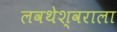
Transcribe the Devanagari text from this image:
लवथेश्वराला